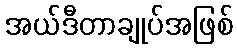
အယ်ဒီတာချုပ်အဖြစ်